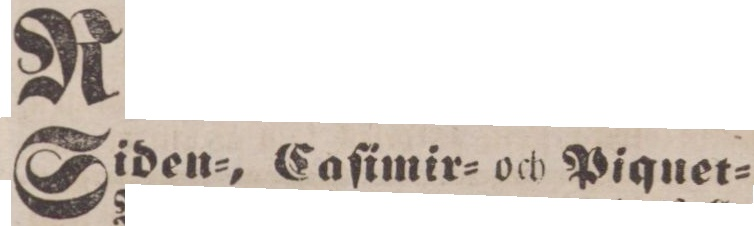
Siden=, Caſimir= och Piquet=